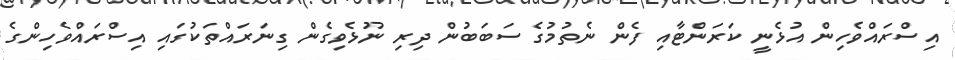
އިސްރައްވެހިން އުޅެނީ ކަރަންޓާއި ފެން ނެތުމުގެ ސަބަބުން ދިރި ނޫޅެވިގެން ގިނަރައްތަކުގައި އިސްރައްވެހިންގެ